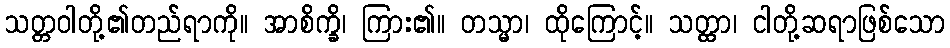
သတ္တဝါတို့၏တည်ရာကို။ အာစိက္ခိ၊ ကြား၏။ တသ္မာ၊ ထိုကြောင့်။ သတ္ထာ၊ ငါတို့ဆရာဖြစ်သော